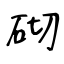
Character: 砌